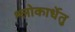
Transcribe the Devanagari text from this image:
श्लोकार्धेतु